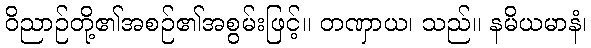
ဝိညာဉ်တို့၏အစဉ်၏အစွမ်းဖြင့်။ တဏှာယ၊ သည်။ နမိယမာနံ၊